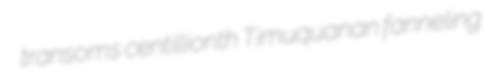
transoms centillionth Timuquanan fanneling